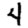
Digit: 4